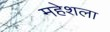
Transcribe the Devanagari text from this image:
महेशला